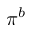
\pi ^ { b }